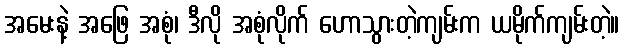
အမေးနဲ့ အဖြေ အစုံ၊ ဒီလို အစုံလိုက် ဟောသွားတဲ့ကျမ်းက ယမိုက်ကျမ်းတဲ့။